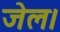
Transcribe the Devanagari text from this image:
जेल।